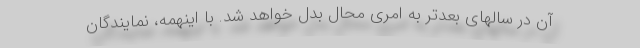
آن در سالهای بعدتر به امری محال بدل خواهد شد. با اینهمه، نمایندگان